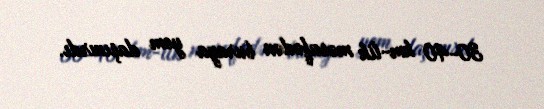
30-40 km-lik məsafədən buraya yem daşınırdı.